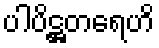
ပါပိဋ္ဌတရေဟိ